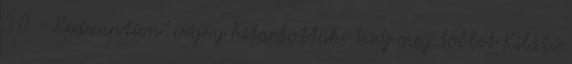
3.0 - Redemption" végéig kitartottak. tudj meg többet Kilátó